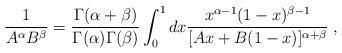
LaTeX: \begin{align*}\frac{1}{A^\alpha B^\beta}= \frac{\Gamma (\alpha+\beta)}{\Gamma(\alpha) \Gamma (\beta)} \int_0^1 dx\frac{x^{\alpha-1} (1-x)^{\beta-1}}{[Ax + B(1-x)]^{\alpha+\beta}}\;,\end{align*}